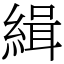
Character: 緝